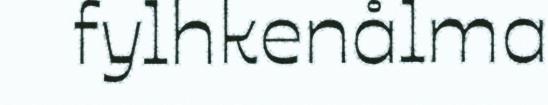
fylhkenålma